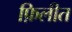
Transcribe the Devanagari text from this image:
फ़िलीत